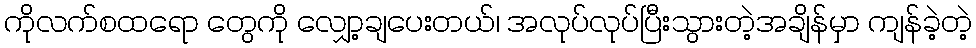
ကိုလက်စထရော တွေကို လျှော့ချပေးတယ်၊ အလုပ်လုပ်ပြီးသွားတဲ့အချိန်မှာ ကျန်ခဲ့တဲ့